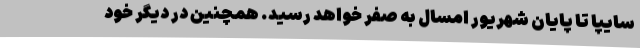
سایپا تا پایان شهریور امسال به صفر خواهد رسید. همچنین در دیگر خود